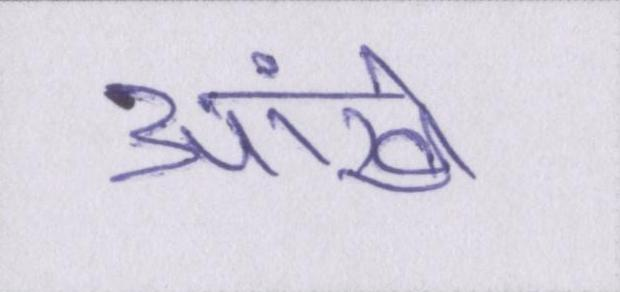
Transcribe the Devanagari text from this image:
आंखें